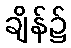
ချိန်၌